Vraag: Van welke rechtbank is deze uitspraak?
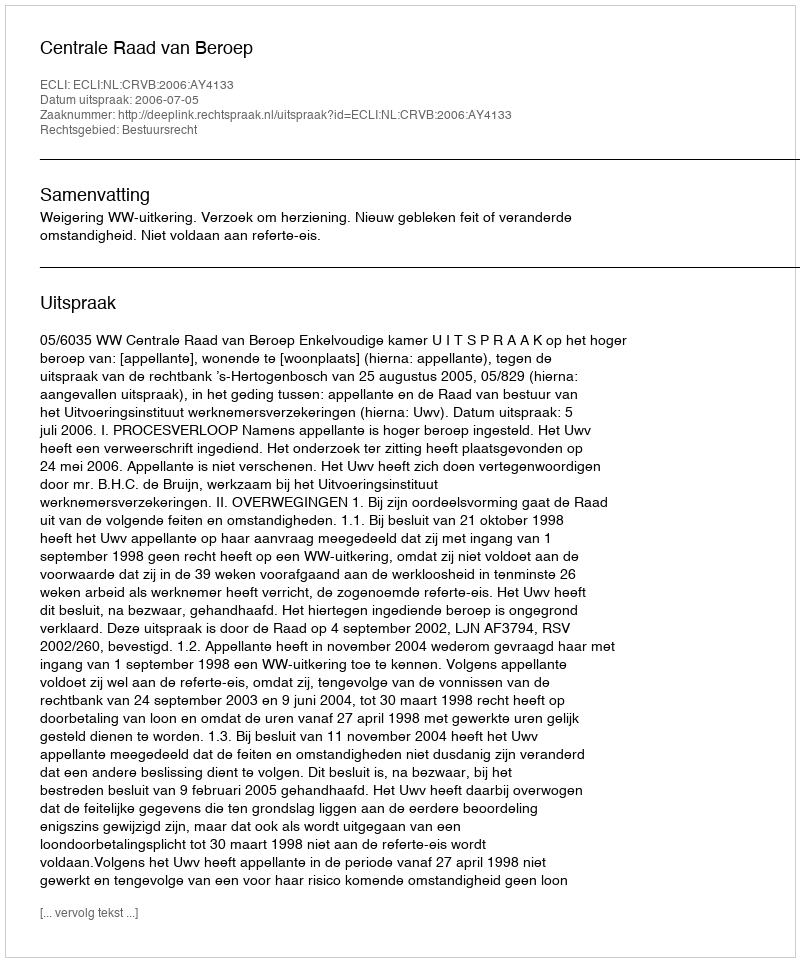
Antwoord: Centrale Raad van Beroep